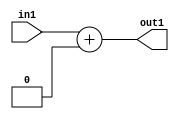
`timescale 1ps / 1ps
/*****************************************************************************
    Verilog RTL Description
    
    
    Created by: Stratus DpOpt 2019.1.01 
*******************************************************************************/

module DC_Filter_Add_6U_19_4 (
	in1,
	out1
	); /* architecture "behavioural" */ 
input [5:0] in1;
output [5:0] out1;
wire [5:0] asc001;

assign asc001 = 
	+(in1)
	+(6'B000000);

assign out1 = asc001;
endmodule

/* CADENCE  urn2Sws= : u9/ySgnWtBlWxVPRXgAZ4Og= ** DO NOT EDIT THIS LINE ******/